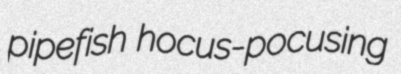
pipefish hocus-pocusing